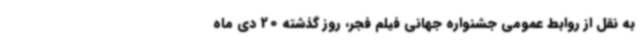
به نقل از روابط عمومی جشنواره جهانی فیلم فجر، روز گذشته 20 دی ماه